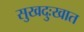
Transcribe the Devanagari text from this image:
सुखदुःखात